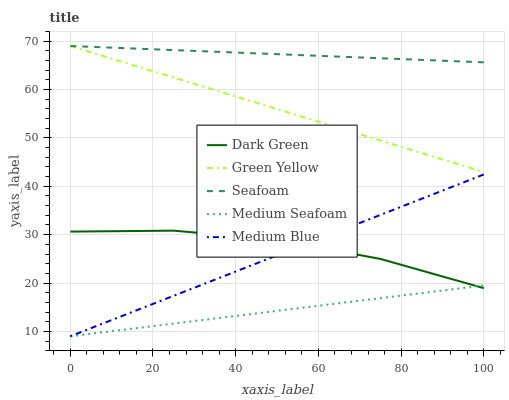
| xaxis_label | Dark Green | Green Yellow | Seafoam | Medium Seafoam | Medium Blue |
 | --- | --- | --- | --- | --- | --- |
 | 0 | 30.6 | 69 | 69 | 9 | 9 |
 | 25 | 30.8 | 62.5 | 68.2 | 11.6 | 17.4 |
 | 50 | 28.9 | 56 | 67.3 | 14.3 | 25.7 |
 | 75 | 25 | 49.5 | 66.5 | 16.9 | 34.1 |
 | 100 | 18.9 | 43 | 65.6 | 19.5 | 42.4 |